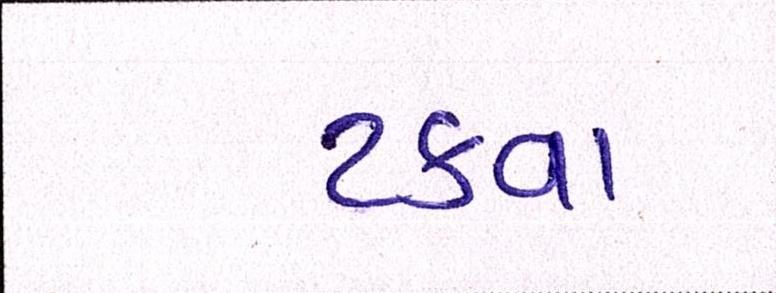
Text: ટકવા